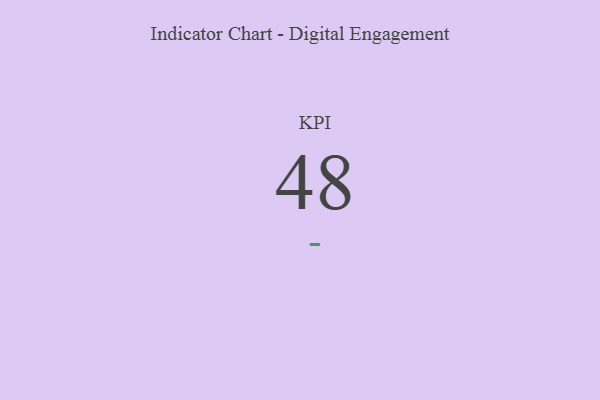
{"axis": {"x": "KPI", "y": "Value"}, "legend": [""], "data": [{"x": "KPI", "y": 48, "type": ""}]}